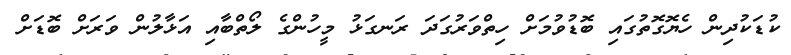
ކުޑަކުދިން ހެޔޮގޮތުގައި ބޮޑުވުމަށް ހިތްވަރުގަދަ ރަނގަޅު މީހުންގެ ލޯތްބާއި އަޅާލުން ވަރަށް ބޮޑަށް